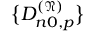
\bigl \{ D _ { n 0 , p } ^ { ( \mathfrak { N } ) } \bigr \}